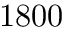
1 8 0 0